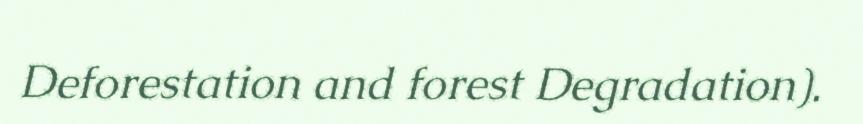
Deforestation and forest Degradation).